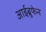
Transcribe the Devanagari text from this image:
आईब्रुफेन